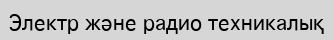
Электр және радио техникалық